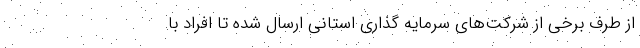
از طرف برخی از شرکت‌های سرمایه گذاری استانی ارسال شده تا افراد با